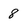
Character: 8